system: You are a helpful assistant.
user:
Analyze the provided spectrum to determine if it is a **S-type Star**.

- **Key Indicators for S-type Star:**

    - **(Overall Spectrum Shape):** The first and most obvious characteristic is the overall continuum (the "baseline" shape). It is **extremely "red-sloping,"** meaning the flux (light intensity) is very low on the left side (blue, ~4000-4500 Å) and rises steeply and continuously toward the right side (red, ~7000 Å+).

    - **(Primary):** The spectrum is defined by the presence of strong, broad molecular absorption "valleys" (bands) from **Zirconium Oxide (ZrO)**. The identification of these bands is the **primary requirement** for classifying a star as S-type.
        - **(Key Bandheads):** You must find distinct, deep "dips" where the light has been absorbed. The most critical band systems to locate are:
            - **~6474 Å** ($\gamma$-system): This is often the strongest and clearest ZrO feature, found in the red part of the spectrum.
            - **~5718 Å** & **~5551 Å** ($\beta$-system): A pair of prominent absorption features in the yellow-orange part of the spectrum.
            - **~4640 Å** ($\alpha$-system): A key absorption band system in the blue-green region of the spectrum.

    - **(Secondary Confirmation):** The classification is strengthened by finding additional absorption bands from other related heavy element oxides, which are expected to be present alongside ZrO.
        - **(Key Bandheads):**
            - **Yttrium Oxide (YO):** Look for absorption dips near **~4800 Å** and **~6100 Å**.
            - **Lanthanum Oxide (LaO):** Additional absorption features, particularly in the red-orange part of the spectrum, are also characteristic.

    - **(Line Profile):** The combination of the steep red continuum and these numerous, deep molecular bands (ZrO, YO, etc.) gives the entire spectrum a very **"chopped-up"** or **"bumpy"** appearance. Instead of a smooth curve, the spectrum looks as though large, wide chunks of light have been "carved out" of it at the specific wavelengths listed above.

Think first, call **spectral_visualization_tool** if needed to examine features in detail, then provide your final answer. Your response must adhere to the following strict rules:
1.  **Overall Structure:** Your response must follow the format `<think>...</think> <tool_call>...</tool_call> (if a tool is used) <answer>...</answer>`.
2.  **Tool Usage Constraint:** You may only make **one** tool call per turn.
3.  **Final Answer Format:** In the `<answer>` tag, your conclusion must be inside a `\boxed{}` command (e.g., `\boxed{YES}` or `\boxed{NO}`), followed by your justification.

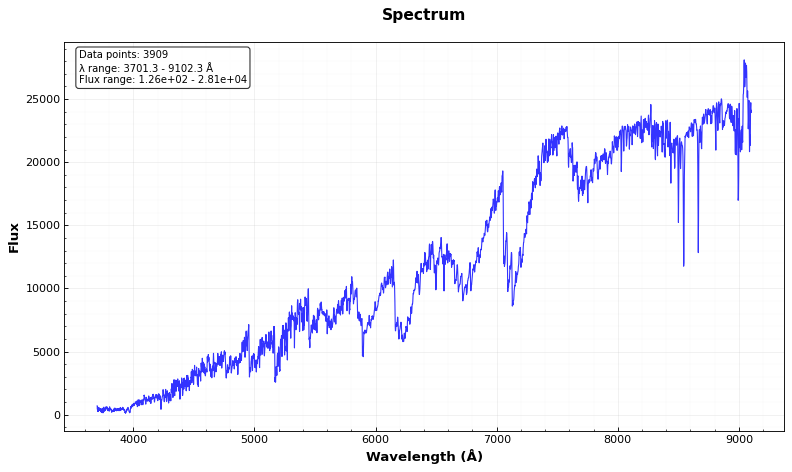
Answer: YES